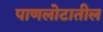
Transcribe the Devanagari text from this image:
पाणलोटातील